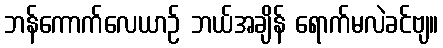
ဘန်ကောက်လေယာဉ် ဘယ်အချိန် ရောက်မလဲခင်ဗျ။